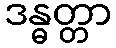
ဒန္ဓတ္တာ